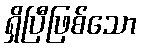
ရှိပြီဖြစ်သော